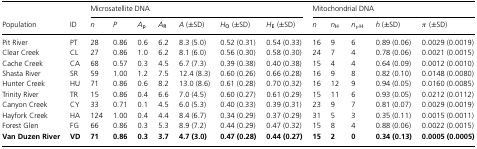
<table><thead><tr><td></td><td></td><td colspan="7"><b>Microsatellite DNA</b></td><td colspan="5"><b>Mitochondrial DNA</b></td></tr><tr><td><b>Population</b></td><td><b>ID</b></td><td><b><i>n</i></b></td><td><b><i>P</i></b></td><td><b><i>A</i><sub>p</sub></b></td><td><b><i>A</i><sub>R</sub></b></td><td><b><i>A</i> (±SD)</b></td><td><b><i>H</i><sub>O</sub> (±SD)</b></td><td><b><i>H</i><sub>E</sub> (±SD)</b></td><td><b><i>n</i></b></td><td><b><i>n</i><sub>H</sub></b></td><td><b><i>n<sub>p</sub></i><sub>H</sub></b></td><td><b><i>h</i> (±SD)</b></td><td><b>π (±SD)</b></td></tr></thead><tbody><tr><td>Pit River</td><td>PT</td><td>28</td><td>0.86</td><td>0.6</td><td>6.2</td><td>8.3 (5.0)</td><td>0.52 (0.31)</td><td>0.54 (0.33)</td><td>16</td><td>9</td><td>6</td><td>0.89 (0.06)</td><td>0.0029 (0.0019)</td></tr><tr><td>Clear Creek</td><td>CL</td><td>27</td><td>0.86</td><td>1.0</td><td>6.2</td><td>8.1 (6.0)</td><td>0.56 (0.30)</td><td>0.58 (0.30)</td><td>24</td><td>7</td><td>4</td><td>0.78 (0.06)</td><td>0.0021 (0.0015)</td></tr><tr><td>Cache Creek</td><td>CA</td><td>68</td><td>0.57</td><td>0.3</td><td>4.5</td><td>6.7 (7.3)</td><td>0.39 (0.38)</td><td>0.40 (0.38)</td><td>15</td><td>4</td><td>4</td><td>0.64 (0.09)</td><td>0.0012 (0.0010)</td></tr><tr><td>Shasta River</td><td>SR</td><td>59</td><td>1.00</td><td>1.2</td><td>7.5</td><td>12.4 (8.3)</td><td>0.60 (0.26)</td><td>0.66 (0.28)</td><td>16</td><td>9</td><td>8</td><td>0.82 (0.10)</td><td>0.0148 (0.0080)</td></tr><tr><td>Hunter Creek</td><td>HU</td><td>71</td><td>0.86</td><td>0.6</td><td>8.2</td><td>13.0 (8.6)</td><td>0.61 (0.28)</td><td>0.70 (0.32)</td><td>16</td><td>12</td><td>9</td><td>0.94 (0.05)</td><td>0.0160 (0.0085)</td></tr><tr><td>Trinity River</td><td>TR</td><td>15</td><td>0.86</td><td>0.4</td><td>6.6</td><td>7.0 (4.5)</td><td>0.60 (0.27)</td><td>0.61 (0.29)</td><td>15</td><td>11</td><td>6</td><td>0.93 (0.05)</td><td>0.0212 (0.0112)</td></tr><tr><td>Canyon Creek</td><td>CY</td><td>33</td><td>0.71</td><td>0.1</td><td>4.5</td><td>6.0 (5.3)</td><td>0.40 (0.33)</td><td>0.39 (0.31)</td><td>23</td><td>9</td><td>7</td><td>0.81 (0.07)</td><td>0.0029 (0.0019)</td></tr><tr><td>Hayfork Creek</td><td>HA</td><td>124</td><td>1.00</td><td>0.4</td><td>4.4</td><td>8.4 (6.7)</td><td>0.34 (0.29)</td><td>0.37 (0.29)</td><td>31</td><td>5</td><td>3</td><td>0.35 (0.11)</td><td>0.0015 (0.0011)</td></tr><tr><td>Forest Glen</td><td>FG</td><td>66</td><td>0.86</td><td>0.3</td><td>5.3</td><td>8.9 (7.2)</td><td>0.44 (0.29)</td><td>0.47 (0.32)</td><td>15</td><td>8</td><td>4</td><td>0.88 (0.06)</td><td>0.0022 (0.0015)</td></tr><tr><td><b>Van Duzen River</b></td><td><b>VD</b></td><td><b>71</b></td><td><b>0.86</b></td><td><b>0.3</b></td><td><b>3.7</b></td><td><b>4.7 (3.0)</b></td><td><b>0.47 (0.28)</b></td><td><b>0.44 (0.27)</b></td><td><b>15</b></td><td><b>2</b></td><td><b>0</b></td><td><b>0.34 (0.13)</b></td><td><b>0.0005 (0.0005)</b></td></tr></tbody></table>